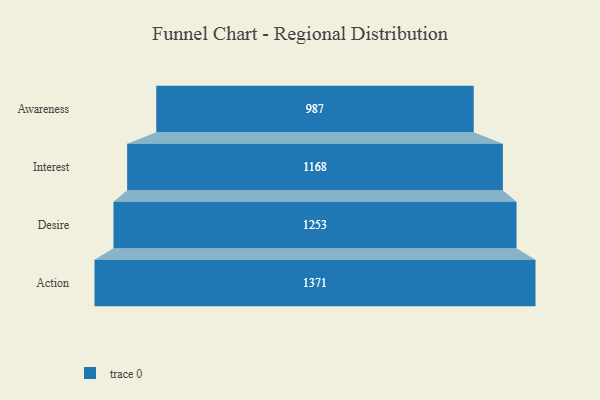
{"axis": {"x": "Stage", "y": "Value"}, "legend": [""], "data": [{"x": "Awareness", "y": 987.0, "type": ""}, {"x": "Interest", "y": 1168.0, "type": ""}, {"x": "Desire", "y": 1253.0, "type": ""}, {"x": "Action", "y": 1371.0, "type": ""}]}